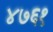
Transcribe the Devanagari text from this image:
४७६१